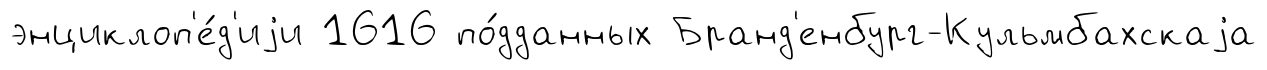
энциклоп'е́д'иjи 1616 по́дданных Бранд'енбург-Кульмбахскаjа